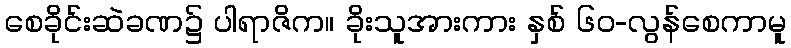
စေခိုင်းဆဲခဏ၌ ပါရာဇိက။ ခိုးသူအားကား နှစ် ၆၀-လွန်စေကာမူ